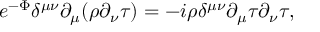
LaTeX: e ^ { - \Phi } \delta ^ { \mu \nu } \partial _ { \mu } ( \rho \partial _ { \nu } \tau ) = - i \rho \delta ^ { \mu \nu } \partial _ { \mu } \tau \partial _ { \nu } \tau ,